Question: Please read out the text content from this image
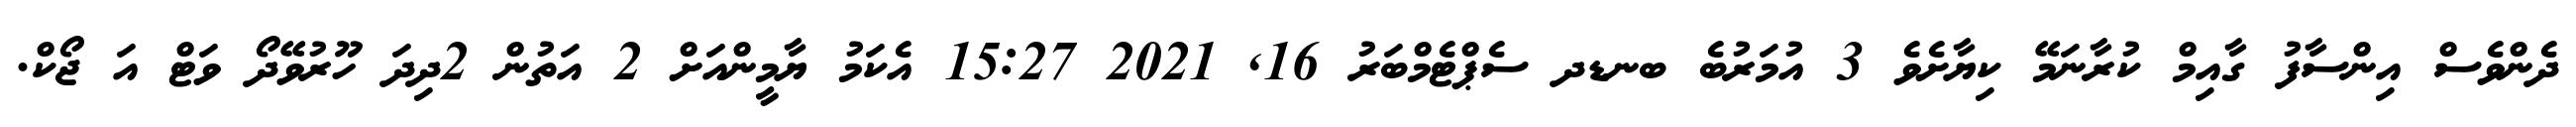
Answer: ދެންވެސް އިންސާފު ގާއިމް ކުރާނަމޭ ކިޔާށެވެ 3 އުމަރުބެ ބނޑދ ސެޕްޓެމްބަރު 16, 2021 15:27 އެކަމު ޔާމީންއަށް 2 އަތުން 2ދިދަ ހޫރުވޭދޯ ވަޓް އަ ޖޯކް.